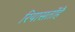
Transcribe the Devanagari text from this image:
रियासतोंहै